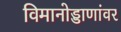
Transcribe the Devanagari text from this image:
विमानोड्डाणांवर